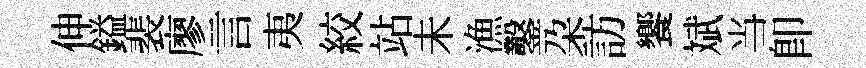
伸鎰裴廖言夷絞站未漁鑿朶訪饗斌当卽